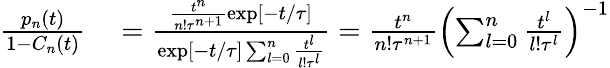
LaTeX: \begin{array}{rl}{\frac{p_{n}(t)}{1-C_{n}(t)}}&{{}=\frac{\frac{t^{n}}{n!\tau^{n+1}}\exp[-t/\tau]}{\exp[-t/\tau]\sum_{l=0}^{n}\frac{t^{l}}{l!\tau^{l}}}=\frac{t^{n}}{n!\tau^{n+1}}\left(\sum_{l=0}^{n}\frac{t^{l}}{l!\tau^{l}}\right)^{-1}}\end{array}